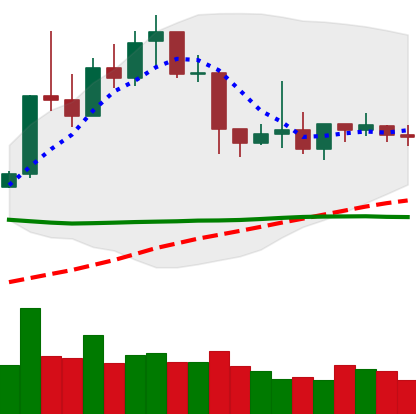
Ticker: XLM-USD
Chart end date: 2019-04-20
Forward return: -14.245%
Label: down_7plus